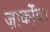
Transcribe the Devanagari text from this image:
ज़ार्कोव।